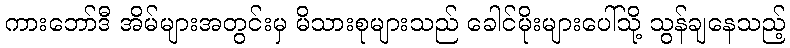
ကားဘော်ဒီ အိမ်များအတွင်းမှ မိသားစုများသည် ခေါင်မိုးများပေါ်သို့ သွန်ချနေသည့်